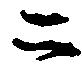
二